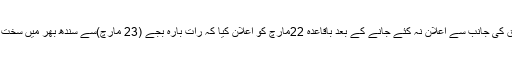
وزیراعلیٰ سندھ نے وفاق کی جانب سے اعلان نہ کئے جانے کے بعد باقاعدہ 22مارچ کو اعلان کیا کہ رات بارہ بجے (23 مارچ)سے سندھ بھر میں سخت لاک ڈاؤن کیا جائے گا۔